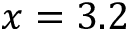
x = 3 . 2